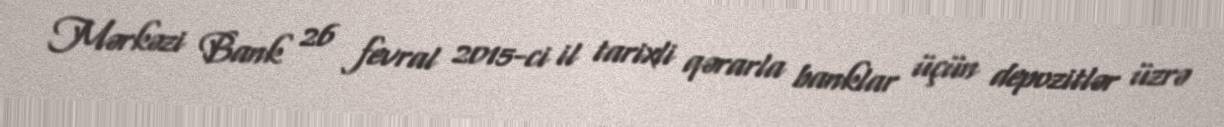
Mərkəzi Bank 26 fevral 2015-ci il tarixli qərarla banklar üçün depozitlər üzrə